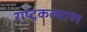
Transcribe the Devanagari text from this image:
राष्ट्रकल्याण